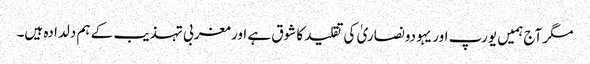
مگر آج ہمیں یورپ اور یہودونصاریٰ کی تقلید کا شوق ہے اور مغربی تہذیب کے ہم دلدادہ ہیں۔